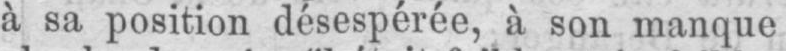
à sa position désespérée, à son manque